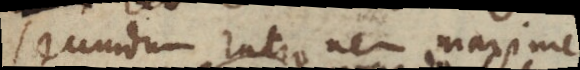
secundum rationem maxime